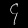
Digit: ၄